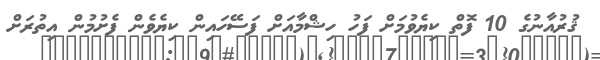
ޤުރުއާނުގެ 10 ފޮތް ކިޔެވުމަށް ފަހު ހިޝްމާއަށް ފަސޭހައިން ކިޔެވެން ފެށުމުން އިތުރަށް